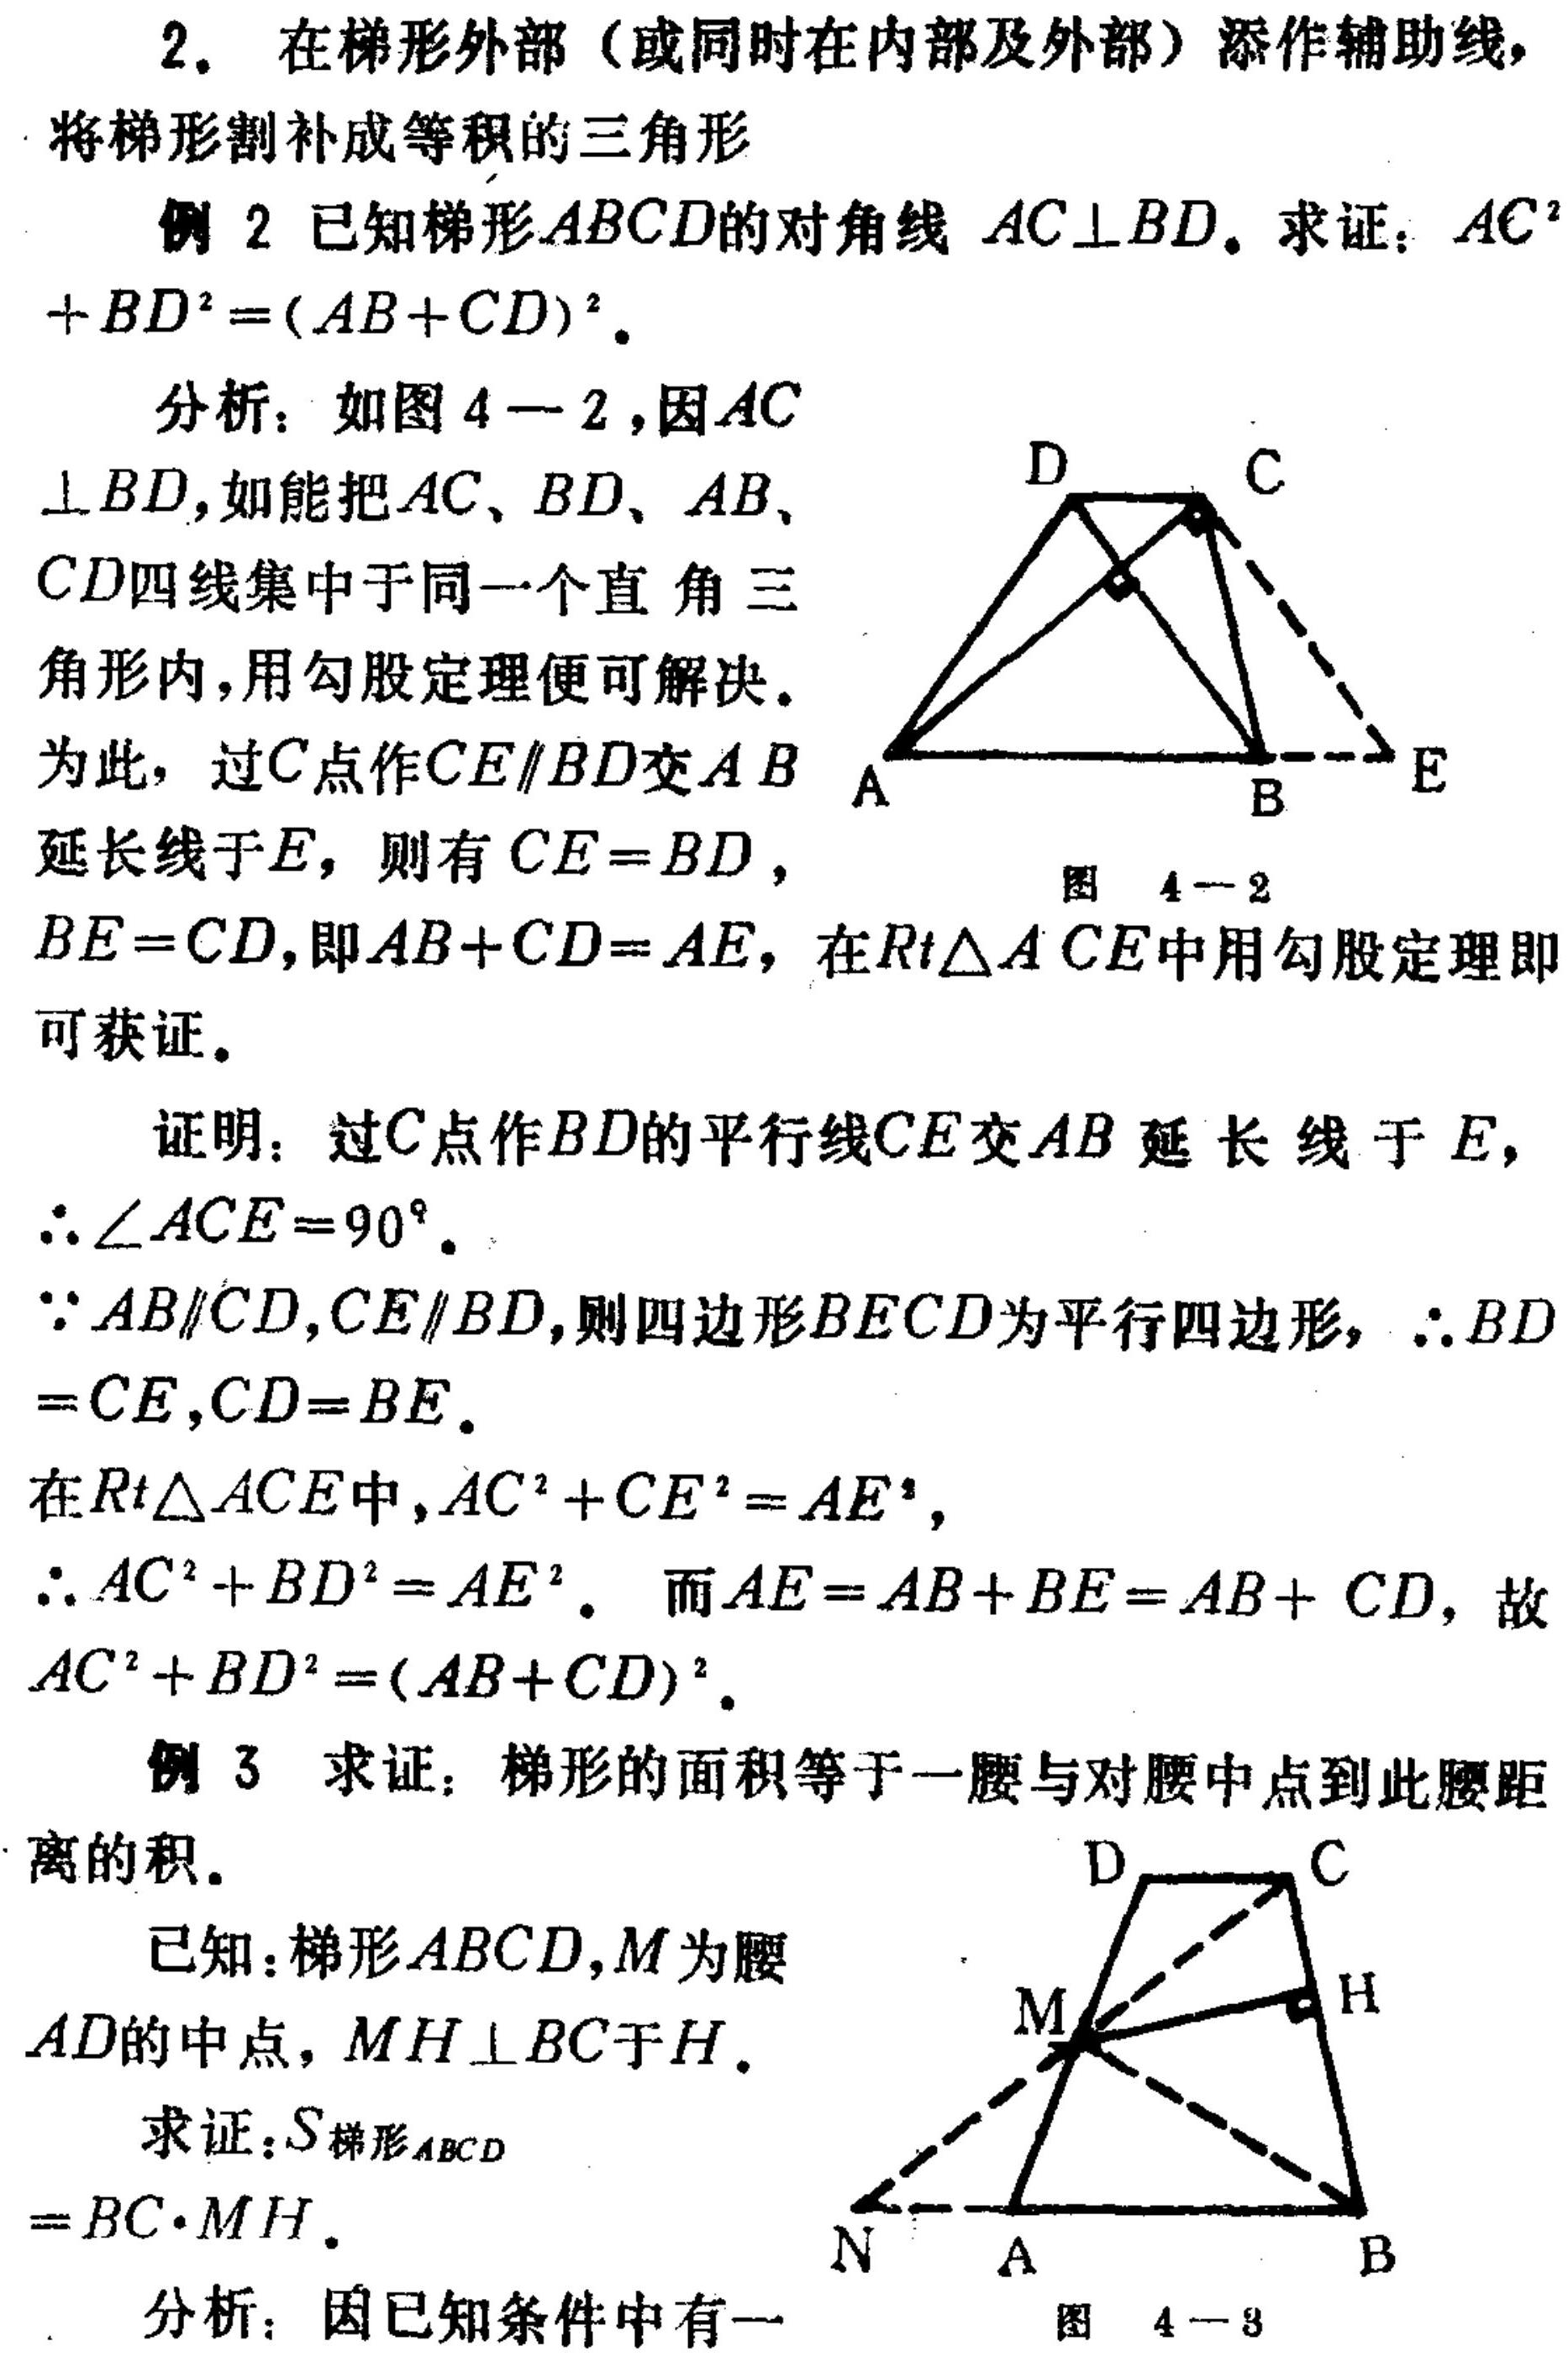
2. 在梯形外部（或同时在内部及外部）添作辅助线，将梯形割补成等积的三角形
例2 已知梯形\(ABCD\)的对角线 \(AC\perp BD\)。求证：\(AC^{2}+BD^{2}=(AB + CD)^{2}\)。
分析：如图 \(4 - 2\)，因\(AC\perp BD\)，如能把\(AC、BD、AB、CD\)四线集中于同一个直角三角形内，用勾股定理便可解决。为此，过\(C\)点作\(CE\parallel BD\)交\(AB\)延长线于\(E\)，则有\(CE = BD\)，\(BE = CD\)，即\(AB + CD = AE\)，在\(Rt\triangle ACE\)中用勾股定理即可获证。
证明：过\(C\)点作\(BD\)的平行线\(CE\)交\(AB\)延长线于\(E\)，\(\therefore\angle ACE = 90^{\circ}\)。\(\because AB\parallel CD,CE\parallel BD\)，则四边形\(BECD\)为平行四边形，\(\therefore BD = CE,CD = BE\)。在\(Rt\triangle ACE\)中，\(AC^{2}+CE^{2}=AE^{2}\)，\(\therefore AC^{2}+BD^{2}=AE^{2}\)。而\(AE = AB + BE = AB + CD\)，故\(AC^{2}+BD^{2}=(AB + CD)^{2}\)。
例3 求证：梯形的面积等于一腰与对腰中点到此腰距离的积。
已知：梯形\(ABCD\)，\(M\)为腰\(AD\)的中点，\(MH\perp BC\)于\(H\)。
求证：\(S_{梯形ABCD}=BC\cdot MH\)。
分析：因已知条件中有一